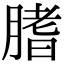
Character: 𦞯